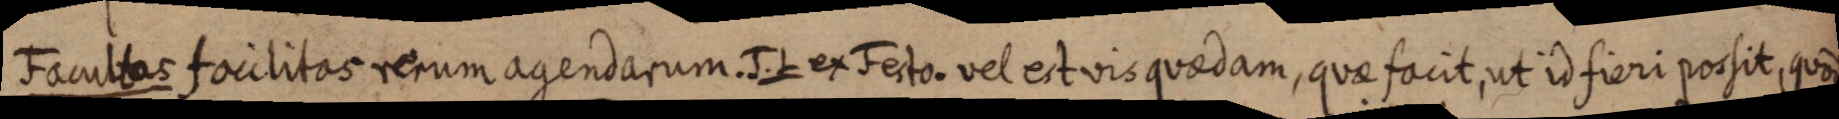
Facultas facilitas rerum agendarum. J. L ex Festo. vel est vis quaedam, quae facit, ut id fieri possit, quod